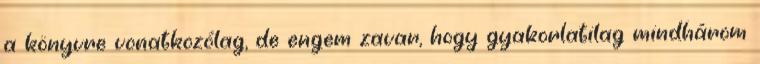
a könyvre vonatkozólag, de engem zavar, hogy gyakorlatilag mindhárom